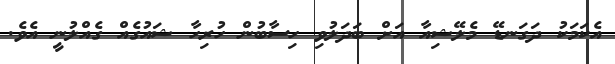
އެކަމަކު ދަގަނޑޭ މެލޭޝިއާ އަށް ބަދަލުވި ހިސާބުން ހުރިހާ ޝައުގެއް ގެއްލުނީ އެވެ.